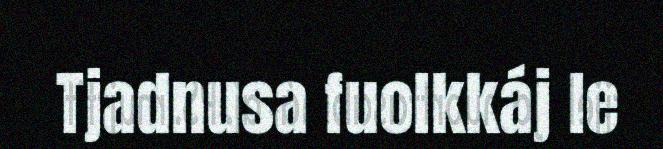
Tjadnusa fuolkkáj le